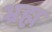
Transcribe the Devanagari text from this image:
भ्रह्म